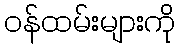
ဝန်ထမ်းများကို